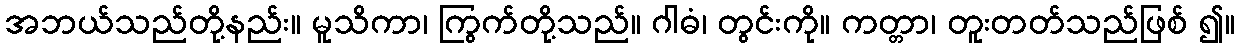
အဘယ်သည်တို့နည်း။ မူသိကာ၊ ကြွက်တို့သည်။ ဂါဓံ၊ တွင်းကို။ ကတ္တာ၊ တူးတတ်သည်ဖြစ် ၍။